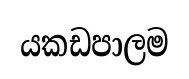
යකඩපාලම